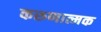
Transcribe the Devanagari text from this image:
करुणात्मक